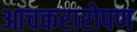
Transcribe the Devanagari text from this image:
आचकरारोपण